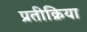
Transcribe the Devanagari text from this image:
प्रतीक्रिया